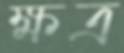
ক্ষত্র